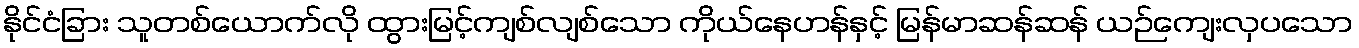
နိုင်ငံခြား သူတစ်ယောက်လို ထွားမြင့်ကျစ်လျစ်သော ကိုယ်နေဟန်နှင့် မြန်မာဆန်ဆန် ယဉ်ကျေးလှပသော